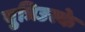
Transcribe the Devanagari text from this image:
युत्रिउस्के